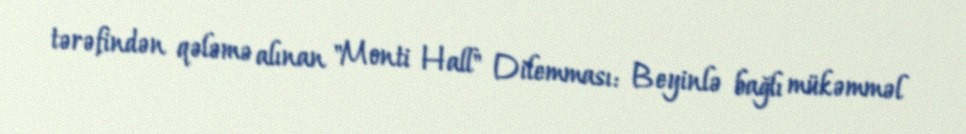
tərəfindən qələmə alınan "Monti Hall" Dilemması: Beyinlə bağlı mükəmməl